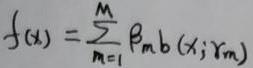
$f(x)=\sum_{m = 1}^{M} \beta_m b(x; \gamma_m)$